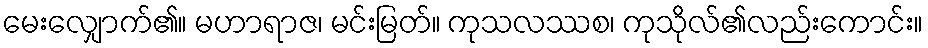
မေးလျှောက်၏။ မဟာရာဇ၊ မင်းမြတ်။ ကုသလဿစ၊ ကုသိုလ်၏လည်းကောင်း။